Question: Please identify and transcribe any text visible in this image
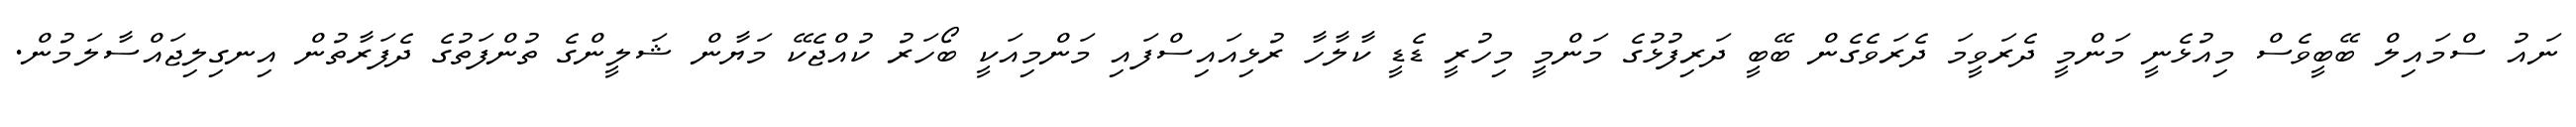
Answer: ނައު ސްމައިލް ބޭބީވެސް މިއުޅެނީ މަންމީ ދެރަވީމަ ދެރަވެގެން ބޭބީ ދަރިފުޅުގެ މަންމީ މިހުރީ ޑެޑީ ކާލާހާ ރުޅިއައިސްފައި މަންމިއަކީ ބޯހަރު ކުއްޖެކޭ މަޔާން ޝަލީންގެ ތުންފަތުގެ ދެފަރާތުން އިނގިލިޖައްސާލަމުން.